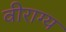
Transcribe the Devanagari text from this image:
वीराग्य